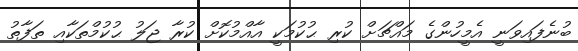
ބުނެފައިވަނީ އެމީހުންގެ މައްޗަށް ކުރި ޙުކުމަކީ އާއްމުކޮށް ކުރާ ޖަލު ޙުކުމްތަކާއި ތަފާތު